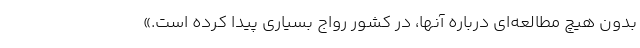
بدون هیچ مطالعه‌ای درباره آنها، در کشور رواج بسیاری پیدا کرده است.»